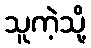
သူကဲ့သို့